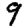
Digit: 9